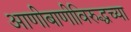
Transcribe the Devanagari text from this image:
आणीबाणीविरुद्धच्या